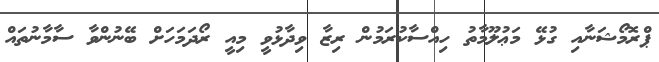
ޕްރޮމޯޝަނާއި ގުޅޭ މަޢުލޫމާތު ހިއްސާކުރަމުން ރިޒާ ވިދާޅުވީ މިއީ ރޯދަމަހަށް ބޭނުންވާ ސާމާނުތައް